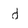
Character: d